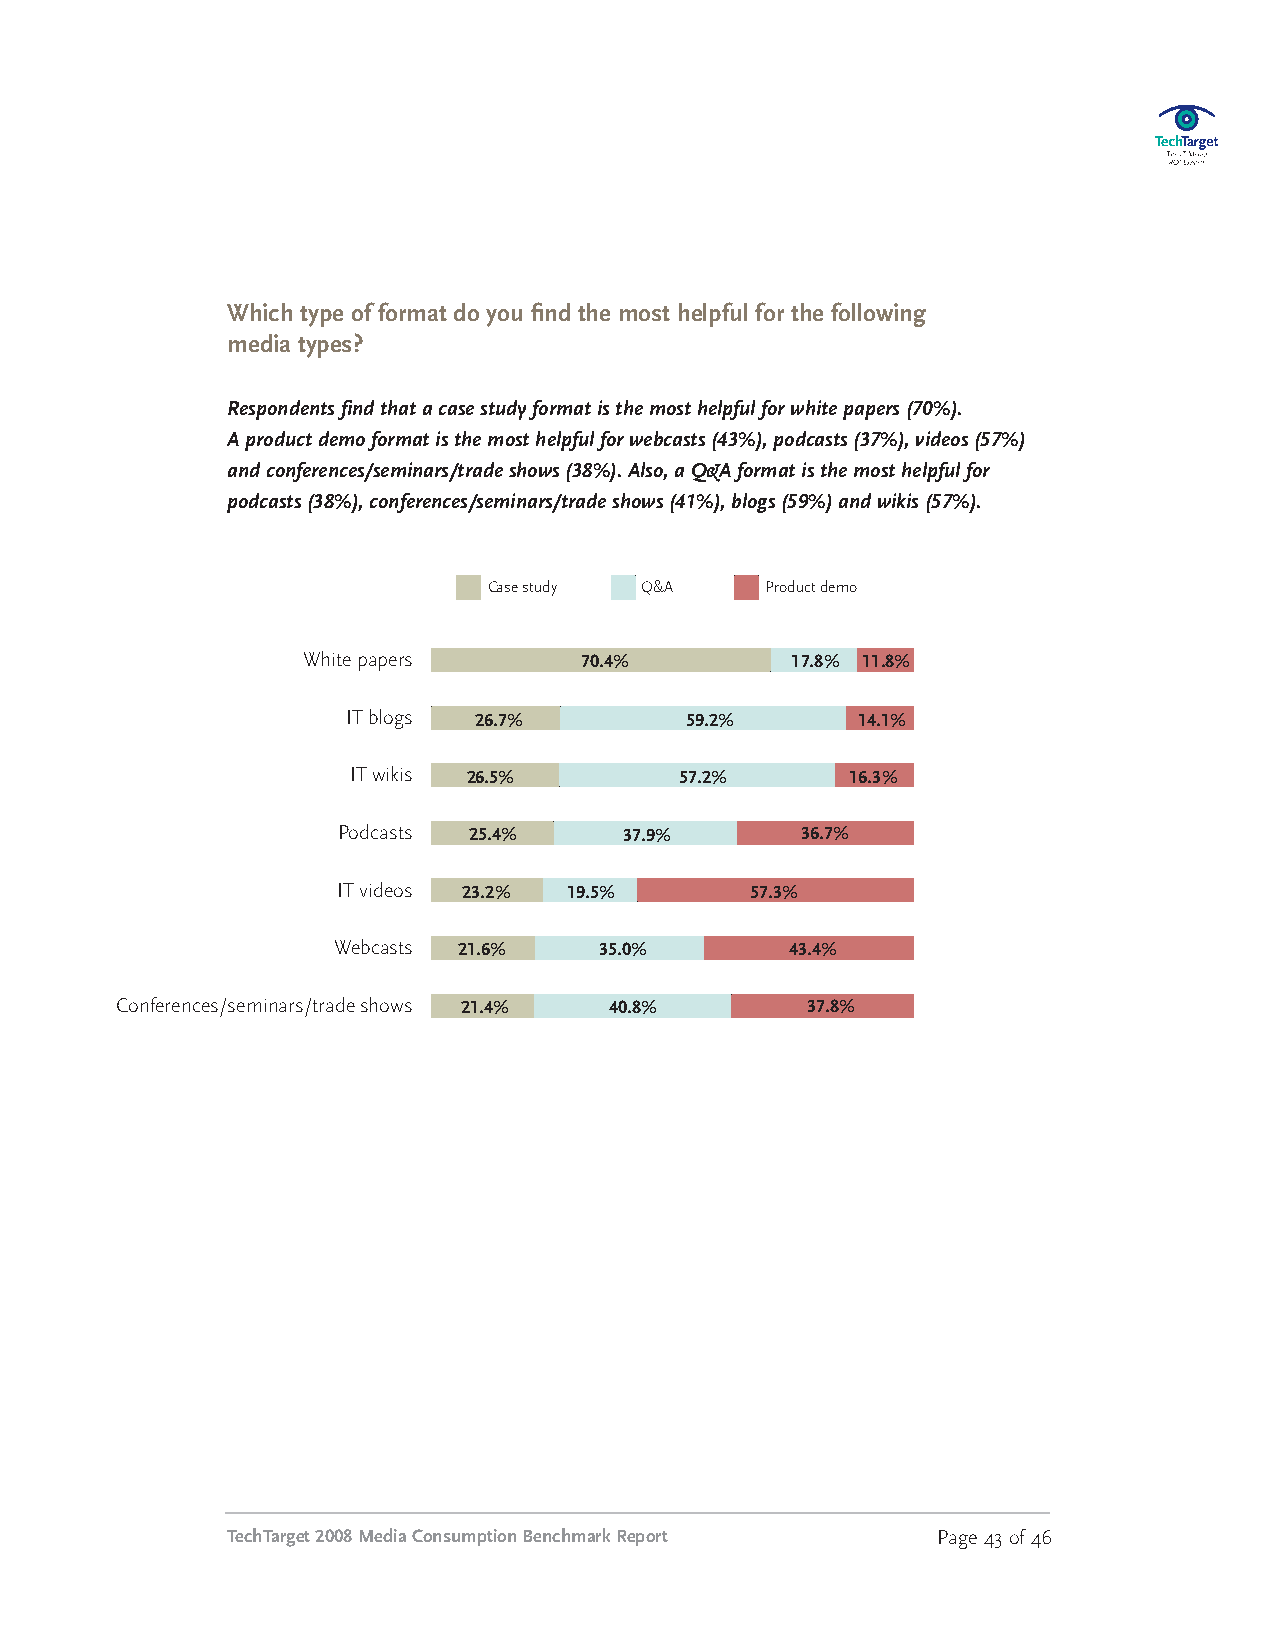
Which type of format do you find the most helpful for the following
 media types?
 Respondentsfindthatacasestudyformatisthemosthelpfulforwhitepapers(70%).
 Aproductdemoformatisthemosthelpfulforwebcasts(43%),podcasts(37%),videos(57%)
 andconferences/seminars/tradeshows(38%).Also,aQ&Aformatisthemosthelpfulfor
 podcasts(38%),conferences/seminars/tradeshows(41%),blogs(59%)andwikis(57%).
 Case study Q&A     Product demo
 Whitepapers
 70.4%         17.8% 11.8%
 ITblogs
 26.7%         59.2%       14.1%
 ITwikis
 26.5%         57.2%      16.3%
 Podcasts
 25.4%     37.9%       36.7%
 ITvideos
 23.2%  19.5%       57.3%
 Webcasts
 21.6%     35.0%       43.4%
 Conferences/seminars/tradeshows
 21.4%    40.8%        37.8%
 TechTarget2008MediaConsumptionBenchmarkReport  Page43of46